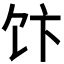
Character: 𱃴